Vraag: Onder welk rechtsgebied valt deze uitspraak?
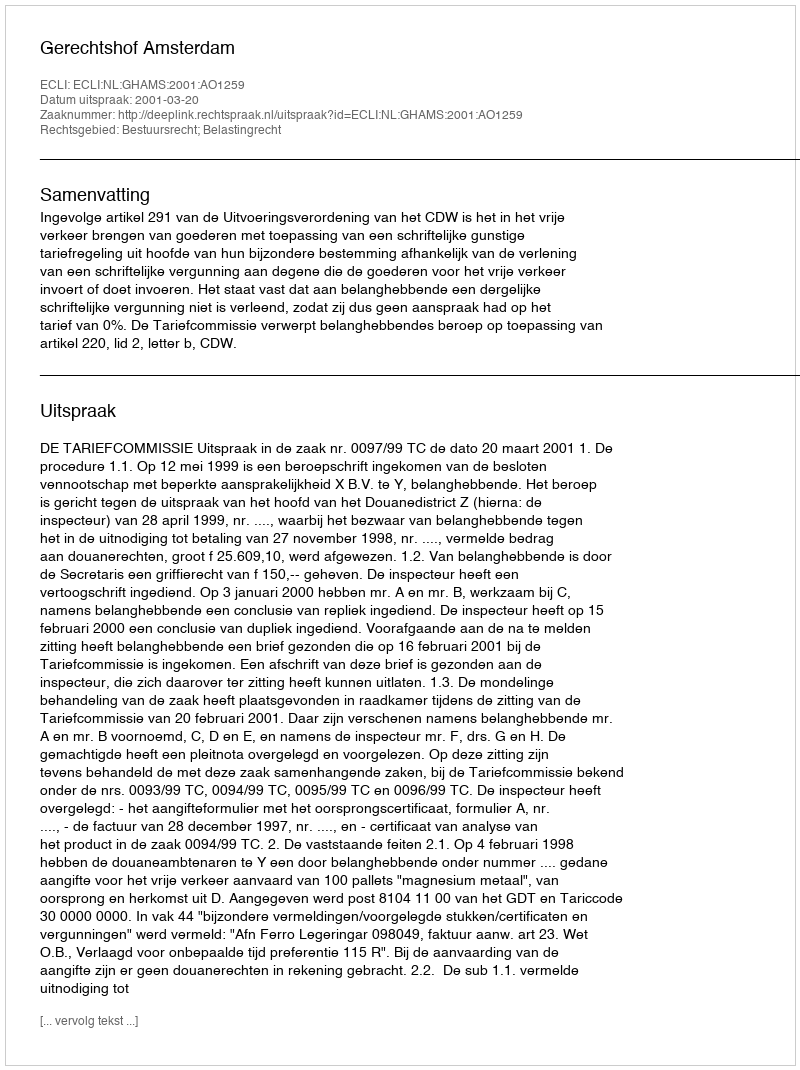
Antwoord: Bestuursrecht; Belastingrecht